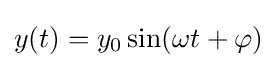
y(t)=y_{0}\sin(\omega t+\varphi )